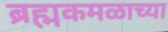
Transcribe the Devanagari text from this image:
ब्रह्मकमळाच्या